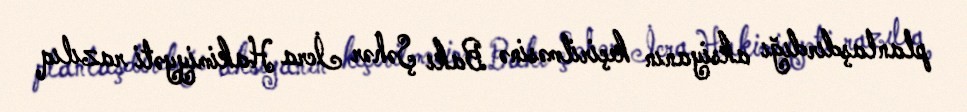
planlaşdırdığı aksiyanın keçirilməsinə Bakı Şəhər İcra Hakimiyyəti razılıq